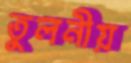
তুলনীয়